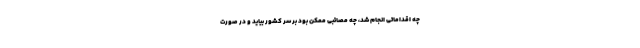
چه اقداماتی انجام شد، چه مصائبی ممکن بود بر سر کشور بیاید و در صورت